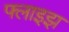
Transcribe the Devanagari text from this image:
फ्लाइझ